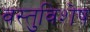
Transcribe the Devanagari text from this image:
वस्तुविशेष